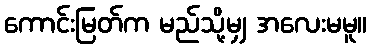
ကောင်းမြတ်က မည်သို့မျှ အလေးမမူ။